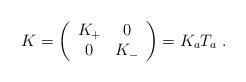
LaTeX: \begin{align*}K=\left( \begin{array}{cc}K_{+} & 0 \\ 0 & K_{-}\end{array}\right) =K_{a}T_{a}\;.\end{align*}